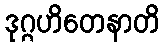
ဒုဂ္ဂဟိတေနာတိ